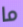
ما